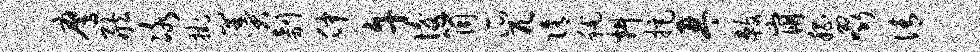
鹰舷冰挂羹剞仲午后筒瓜兀隋秫料拒琴敕崩嵇啜倩